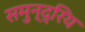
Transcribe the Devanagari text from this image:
समुन्द्रिय